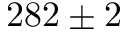
2 8 2 \pm 2